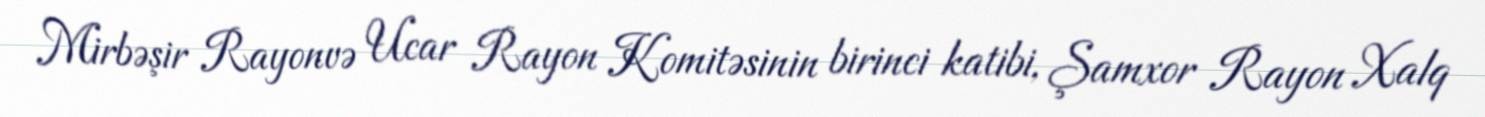
Mirbəşir Rayonvə Ucar Rayon Komitəsinin birinci katibi, Şamxor Rayon Xalq